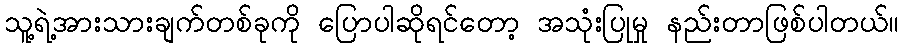
သူ့ရဲ့အားသားချက်တစ်ခုကို ပြောပါဆိုရင်တော့ အသုံးပြုမှု နည်းတာဖြစ်ပါတယ်။